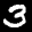
Label: 3